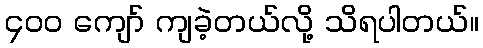
၄၀၀ ကျော် ကျခဲ့တယ်လို့ သိရပါတယ်။